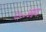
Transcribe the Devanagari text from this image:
६३००आय